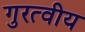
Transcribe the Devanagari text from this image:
गुरत्वीय